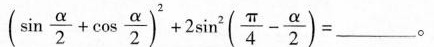
（\sin \frac{a}{2}+\cos\frac{a}{2} ）^2+2\sin^2(\frac{\pi}{4}-\frac{a}{2})=___。